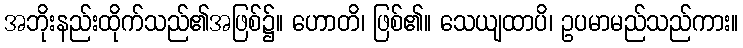
အဘိုးနည်းထိုက်သည်၏အဖြစ်၌။ ဟောတိ၊ ဖြစ်၏။ သေယျထာပိ၊ ဥပမာမည်သည်ကား။